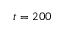
t = 2 0 0